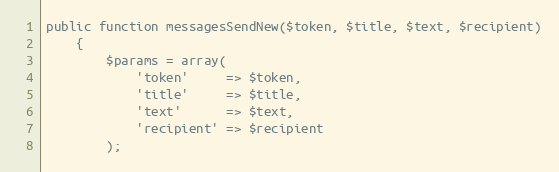
Language: PHP
public function messagesSendNew($token, $title, $text, $recipient)
    {
        $params = array(
            'token'     => $token,
            'title'     => $title,
            'text'      => $text,
            'recipient' => $recipient
        );